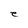
Character: e